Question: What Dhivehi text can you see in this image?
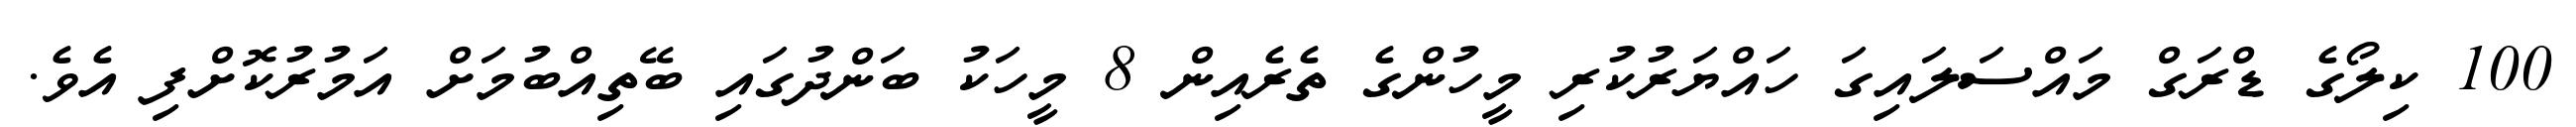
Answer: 100 ކިލޯގެ ޑްރަގް މައްސަލައިގަ ހައްޔަރުކުރި މީހުންގެ ތެރެއިން 8 މީހަކު ބަންދުގައި ބޭތިއްބުމަށް އަމުރުކޮށްފި އެވެ.